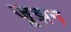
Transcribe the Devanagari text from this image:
जूझन